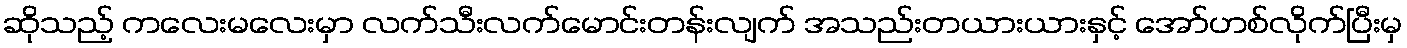
ဆိုသည့် ကလေးမလေးမှာ လက်သီးလက်မောင်းတန်းလျက် အသည်းတယားယားနှင့် အော်ဟစ်လိုက်ပြီးမှ